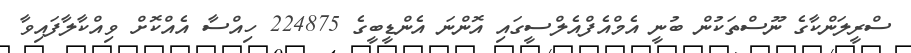
ސްރީލަންކާގެ ނޫސްތަކުން ބުނީ އެމްއެފްއެލްސީގައި އޮންނަ އެންޑީބީގެ 224875 ހިއްސާ އެއްކޮށް ވިއްކާލާފައިވާ